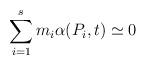
LaTeX: \begin{align*} \sum_{i = 1}^s m_i \alpha( P_i, t ) \simeq 0\end{align*}